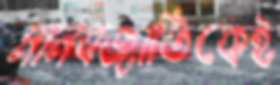
মানবজাতিকেই